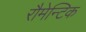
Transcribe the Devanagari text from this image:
रौमेन्टिक